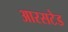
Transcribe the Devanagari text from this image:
आरसटेड